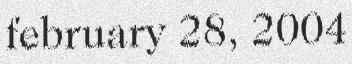
february 28, 2004